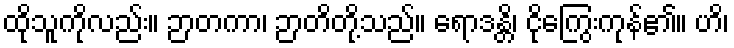
ထိုသူကိုလည်း။ ဉာတကာ၊ ဉာတိတို့သည်။ ရောဒန္တိ၊ ငိုကြွေးကုန်၏။ ဟိ၊